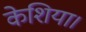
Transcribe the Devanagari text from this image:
केशिया।